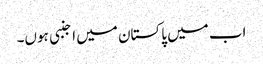
اب میں پاکستان میں اجنبی ہوں۔